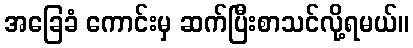
အခြေခံ ကောင်းမှ ဆက်ပြီးစာသင်လို့ရမယ်။